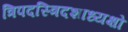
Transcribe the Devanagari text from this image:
त्रिपदस्त्रिदशाध्यक्षो